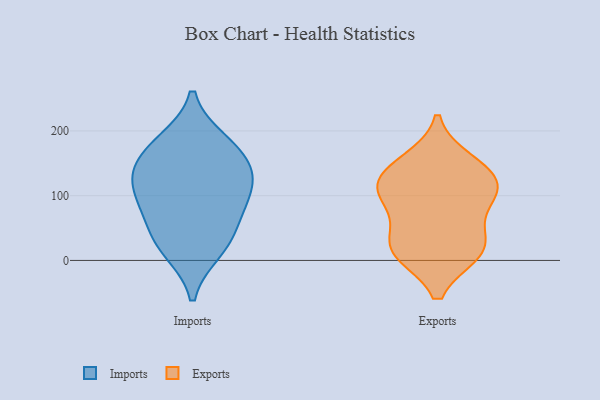
{"axis": {"x": "Backlog", "y": "Value"}, "legend": ["Exports", "Imports"], "data": [{"x": "", "y": 140, "type": "Imports"}, {"x": "", "y": 143, "type": "Imports"}, {"x": "", "y": 16, "type": "Imports"}, {"x": "", "y": 119, "type": "Imports"}, {"x": "", "y": 28, "type": "Imports"}, {"x": "", "y": 183, "type": "Imports"}, {"x": "", "y": 94, "type": "Imports"}, {"x": "", "y": 175, "type": "Imports"}, {"x": "", "y": 94, "type": "Imports"}, {"x": "", "y": 55, "type": "Imports"}, {"x": "", "y": 15, "type": "Exports"}, {"x": "", "y": 152, "type": "Exports"}, {"x": "", "y": 134, "type": "Exports"}, {"x": "", "y": 131, "type": "Exports"}, {"x": "", "y": 100, "type": "Exports"}, {"x": "", "y": 97, "type": "Exports"}, {"x": "", "y": 13, "type": "Exports"}, {"x": "", "y": 39, "type": "Exports"}, {"x": "", "y": 16, "type": "Exports"}, {"x": "", "y": 102, "type": "Exports"}]}